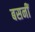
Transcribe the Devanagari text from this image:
बसनीं